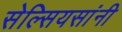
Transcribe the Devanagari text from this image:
सेल्सियसांनी